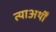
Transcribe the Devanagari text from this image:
त्याअर्थीं